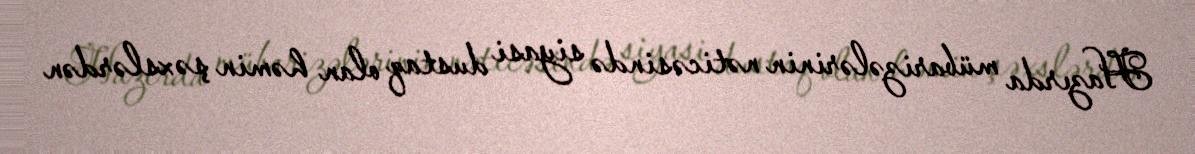
Hazırda mübarizələrinin nəticəsində siyasi dustaq olan həmin şəxslərdən